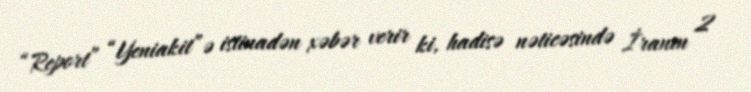
“Report” “Yeniakit”ə istinadən xəbər verir ki, hadisə nəticəsində İranın 2